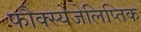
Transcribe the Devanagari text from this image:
फौक्स्येजेलिप्तिक